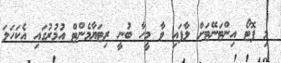
މި ފޮޓޯ އިންޓަނޭޓަށް ލާފައި ވާ މީހާ ބުނީ ރިޓަޔާމެންޓް އުމުރުގައި އެކަހަލަ